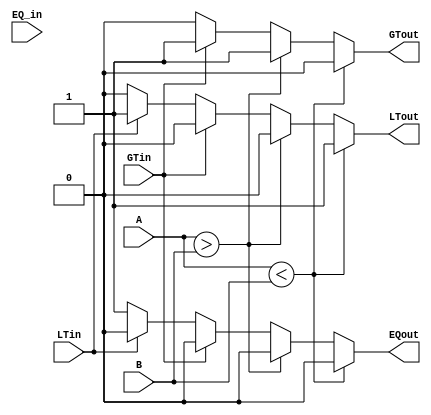
module comparator_4bit(LTin, EQ_in, GTin,
                       LTout, EQout, GTout, A, B);
  input EQ_in, GTin, LTin;
  input [3:0] A, B;
  output reg EQout, GTout, LTout;
  
  initial // initializing output values to zero
    begin
      LTout = 0; EQout = 0; GTout = 0;
    end

  always @(A, B, EQ_in, GTin, LTin) // sensible list
    begin
    
      if (A < B)
        begin
          LTout = 1; EQout = 0; GTout = 0;
        end
      else if (A > B)
        begin
          LTout = 0; EQout = 0; GTout = 1;
        end
      // we don't need to compare equality
      
      // output
      else if (GTin == 1)
        begin
          LTout = 0; EQout = 0; GTout = 1;
        end
      else if (LTin == 1)
        begin
          LTout = 1; EQout = 0; GTout = 0;
        end
      else
        begin
          LTout = 0; EQout = 1; GTout = 0;
        end
        
    end
endmodule